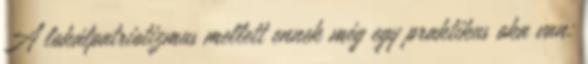
A lokálpatriotizmus mellett ennek még egy praktikus oka van: